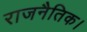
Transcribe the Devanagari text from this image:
राजनैतिक।